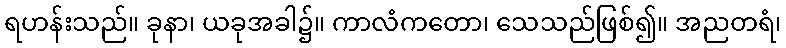
ရဟန်းသည်။ ခုနာ၊ ယခုအခါ၌။ ကာလံကတော၊ သေသည်ဖြစ်၍။ အညတရံ၊